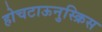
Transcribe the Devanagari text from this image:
होचटाऊनुस्क्रिस